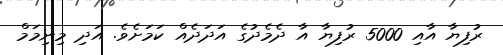
ރުފިޔާ އާއި 5000 ރުފިޔާ އާ ދެމެދުގެ އަދަދެއް ކަމަށެވެ. އަދި މިނިމަމް